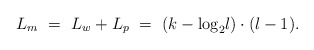
\begin{align*}L_m~=~L_w+L_p~=~(k-{\log} _{2}l)\cdot (l-1).\end{align*}